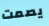
يصمت